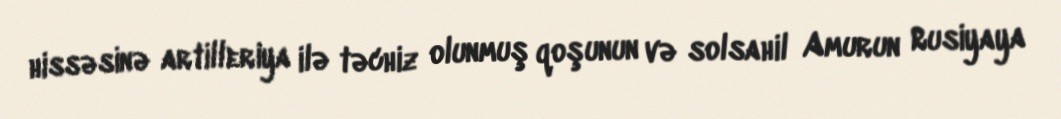
hissəsinə artilleriya ilə təchiz olunmuş qoşunun və solsahil Amurun Rusiyaya